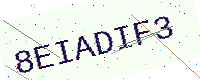
Text: 8EIADIF3